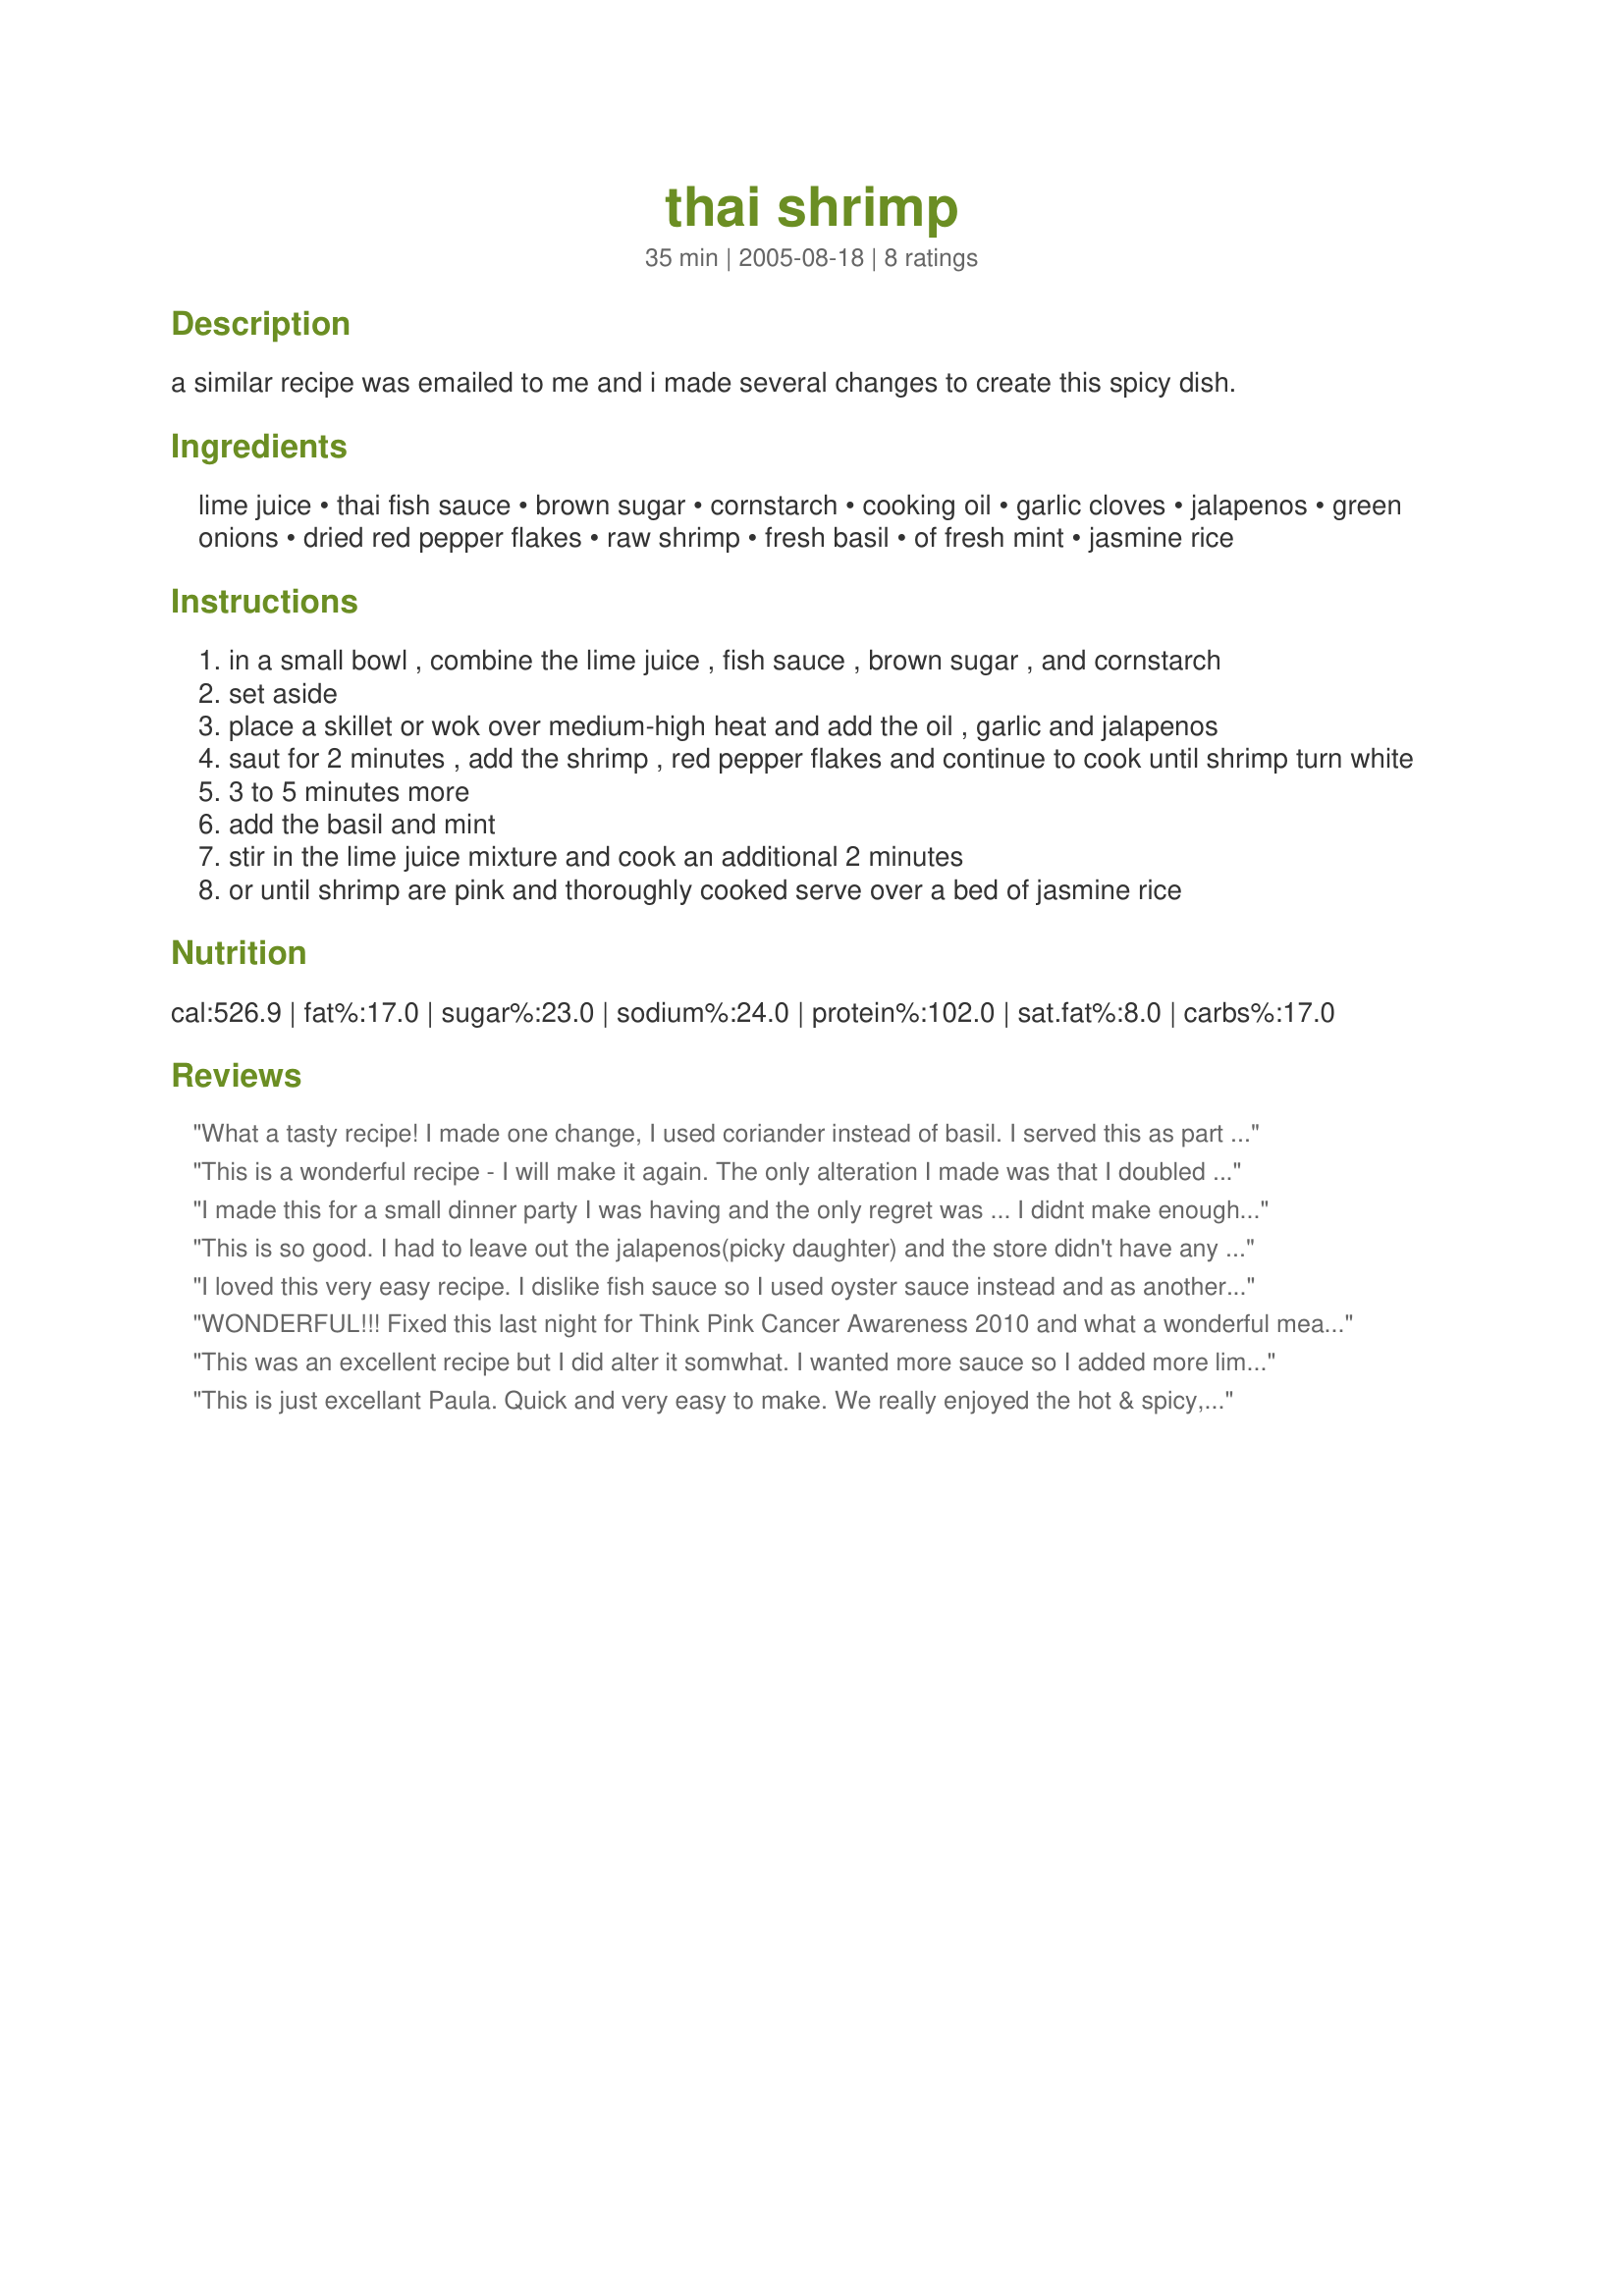
thai shrimp
Preparation time: 35 minutes

a similar recipe was emailed to me and i made several changes to create this spicy dish.

Ingredients:
lime juice, thai fish sauce, brown sugar, cornstarch, cooking oil, garlic cloves, jalapenos, green onions, dried red pepper flakes, raw shrimp, fresh basil, of fresh mint, jasmine rice

Steps:
in a small bowl , combine the lime juice , fish sauce , brown sugar , and cornstarch
set aside
place a skillet or wok over medium-high heat and add the oil , garlic and jalapenos
saut for 2 minutes , add the shrimp , red pepper flakes and continue to cook until shrimp turn white
3 to 5 minutes more
add the basil and mint
stir in the lime juice mixture and cook an additional 2 minutes
or until shrimp are pink and thoroughly cooked serve over a bed of jasmine rice

Reviews:
What a tasty recipe! I made one change, I used coriander instead of basil. I served this as part of a seafood meal and loved how quick and easy it was to prepare - great Thai flavours. Thanks Paula I will definitely make this again!
This is a wonderful recipe - I will make it again. The only alteration I made was that I doubled the recipe, but only used two jalepenos. It was still very hot. I thought it was perfect, but if I would have used four it would have been way too much.
I made this for a small dinner party I was having and the only regret was ... I didnt make enough. My guests were looking for seconds. The only minor change I made was adding a little bit of coconut milk (2 Tbs) with the lime juice at the end. Highly recommended!!!
This is so good. I had to leave out the jalapenos(picky daughter) and the store didn't have any mint. Otherwise I followed the recipe exactly, and it was delicious - and quite easy. I did serve it with Thai Coconut Rice #63446 and some Thai Zucchini #19012(added bean sprouts) and it was an excellent meal. Thanks PaulaG!
I loved this very easy recipe. I dislike fish sauce so I used oyster sauce instead and as another reviewer suggested I used cilantro in place of the basil and mint. Thanks for the recipe.
WONDERFUL!!! Fixed this last night for Think Pink Cancer Awareness 2010 and what a wonderful meal. I followed the directions using fresh basil and mint and I will be making this for DH and I again and putting this in my Favorites 2010. Served over jasmine rice and with Thai Zucchini#19012. Thank you for a great dish.
This was an excellent recipe but I did alter it somwhat. I wanted more sauce so I added more lime juice and added some chile sauce. It was terrific over rice. Well worth doing again.
This is just excellant Paula. Quick and very easy to make. We really enjoyed the hot & spicy, sweet & sour blending of flavours. I used fresh mint and thai basil from my herb garden. Thanks so much for sharing.
